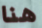
هنا